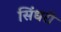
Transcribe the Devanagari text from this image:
सिंधरी